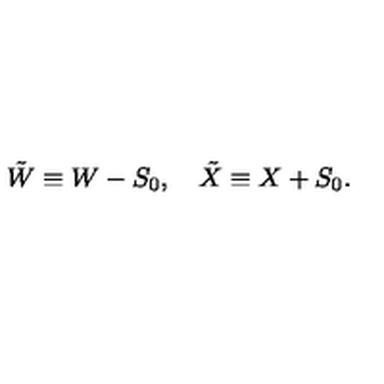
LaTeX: { \tilde { W } } \equiv W - S _ { 0 } , \quad { \tilde { X } } \equiv X + S _ { 0 } .